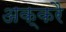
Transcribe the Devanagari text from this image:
अक्करै